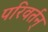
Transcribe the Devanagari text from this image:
परिवर्तन्